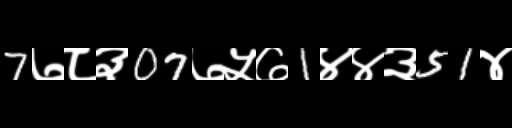
Text: 7७८३07७५७1४४३51४